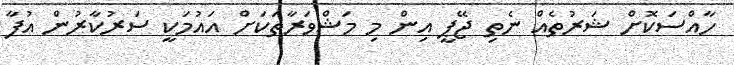
ހާއްސަކޮށް ޝަރުތެއް ނެތި ޖޭޕީ އިން މި މަޝްވަރާތަކަށް އައުމަކީ ސަރުކާރުން އުފާ